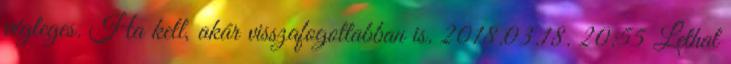
végleges. Ha kell, akár visszafogottabban is. 2018.03.18. 20:55 Lethal